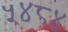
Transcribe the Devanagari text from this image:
५४८४